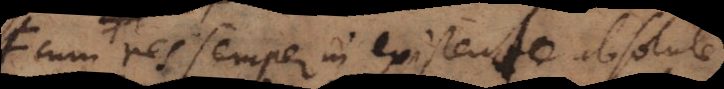
cum res semper in existendo absolute